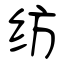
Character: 纺